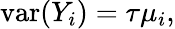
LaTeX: \operatorname{var}(Y_{i})=\tau\mu_{i},